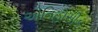
ઐતિહાસીક